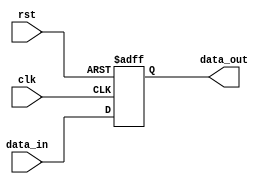
module parameterized_dut #(parameter DATA_WIDTH = 8, parameter ADDR_WIDTH = 4) (
    input wire clk,
    input wire rst,
    input wire [DATA_WIDTH-1:0] data_in,
    output reg [DATA_WIDTH-1:0] data_out
);
    always @(posedge clk or posedge rst) begin
        if (rst) begin
            data_out <= 0;
        end else begin
            data_out <= data_in; // Simple pass-through for demonstration
        end
    end
endmodule